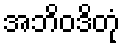
အဘိဝဒိတုံ